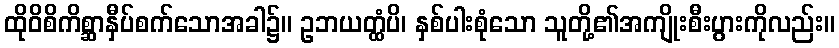
ထိုဝိစိကိစ္ဆာနှီပ်စက်သောအခါ၌။ ဥဘယတ္ထံပိ၊ နှစ်ပါးစုံသော သူတို့၏အကျိုးစီးပွားကိုလည်း။